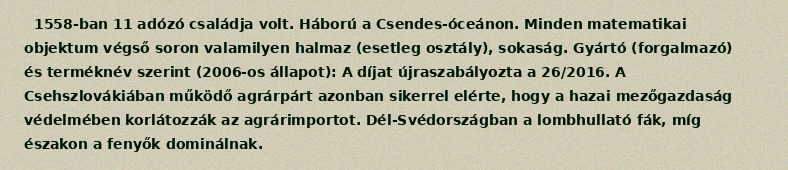
1558-ban 11 adózó családja volt. Háború a Csendes-óceánon. Minden matematikai objektum végső soron valamilyen halmaz (esetleg osztály), sokaság. Gyártó (forgalmazó) és terméknév szerint (2006-os állapot): A díjat újraszabályozta a 26/2016. A Csehszlovákiában működő agrárpárt azonban sikerrel elérte, hogy a hazai mezőgazdaság védelmében korlátozzák az agrárimportot. Dél-Svédországban a lombhullató fák, míg északon a fenyők dominálnak.